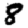
Digit: 8